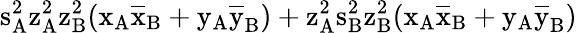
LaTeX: \mathrm{s_{A}^{2}\mathrm{z_{A}^{2}\mathrm{z_{B}^{2}(\mathrm{x_{A}\mathrm{\overline{{x}}_{B}+\mathrm{y_{A}\mathrm{\overline{{y}}_{B})+\mathrm{z_{A}^{2}\mathrm{s_{B}^{2}\mathrm{z_{B}^{2}(\mathrm{x_{A}\mathrm{\overline{{x}}_{B}+\mathrm{y_{A}\mathrm{\overline{{y}}_{B})}}}}}}}}}}}}}}